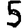
Digit: 5